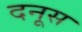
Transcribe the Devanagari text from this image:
दनूस